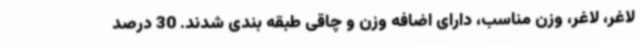
لاغر، لاغر، وزن مناسب، دارای اضافه وزن و چاقی طبقه بندی شدند. 30 درصد